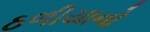
ઠળીયાનો